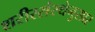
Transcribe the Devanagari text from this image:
शरीरसंस्थेनुसार